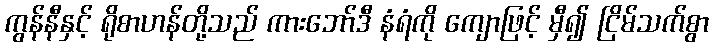
ကွန်နီနှင့် ရိုစာဟန်တို့သည် ကားဘော်ဒီ နံရံကို ကျောဖြင့် မှီ၍ ငြိမ်သက်စွာ